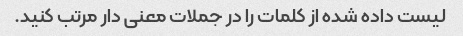
لیست داده شده از کلمات را در جملات معنی دار مرتب کنید.